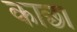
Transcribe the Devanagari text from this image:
काछा